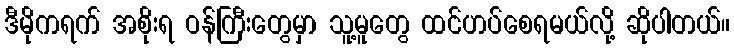
ဒီမိုကရက် အစိုးရ ဝန်ကြီးတွေမှာ သူ့မူတွေ ထင်ဟပ်စေရမယ်လို့ ဆိုပါတယ်။